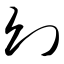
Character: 幻